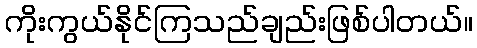
ကိုးကွယ်နိုင်ကြသည်ချည်းဖြစ်ပါတယ်။